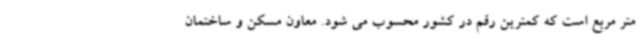
متر مربع است که کمترین رقم در کشور محسوب می شود. معاون مسکن و ساختمان